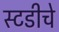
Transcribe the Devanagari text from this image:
स्टडीचे